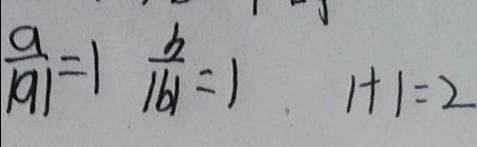
\frac { a } { \vert a \vert } = 1 \frac { b } { \vert b \vert } = 1 1 + 1 = 2